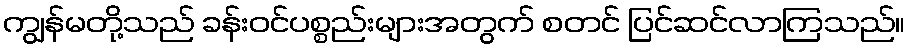
ကျွန်မတို့သည် ခန်းဝင်ပစ္စည်းများအတွက် စတင် ပြင်ဆင်လာကြသည်။